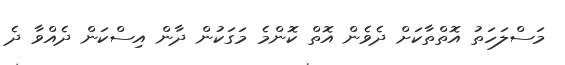
މަަސްލަހަތު އޮތްތާކަށް ދެވެން އޮތް ކޮންމެ މަގަކުން ދާން އިސްކަން ދެއްވާ ދެ